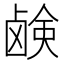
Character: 𫠗